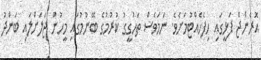
އޮރެންޖް ފަޅީގައި ހިފެހެއްޓުމަށެވެ. ނަމަވެސް ތަހުގީގު ކުރުމުގެ ބޭނުމުގައި މީހުން ޖަލަށްލައި ބަންދު